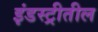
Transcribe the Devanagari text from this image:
इंडस्ट्रीतील